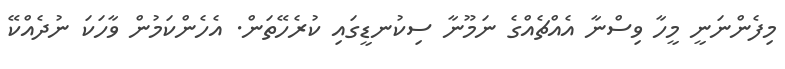
މިފެންނަނީ މީހާ ވިސްނާ އެއްޗެއްގެ ނަމޫނާ ސިކުނޑީގައި ކުރެހޭތަން. އެހެންކަމުން ވާހަކަ ނުދެއްކޭ